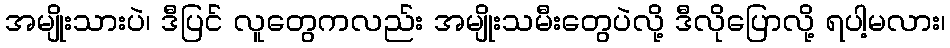
အမျိုးသားပဲ၊ ဒီပြင် လူတွေကလည်း အမျိုးသမီးတွေပဲလို့ ဒီလိုပြောလို့ ရပါ့မလား၊